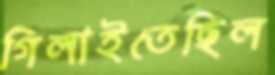
গিলাইতেছিল